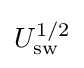
U_{\rm {sw}}^{1/2}